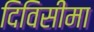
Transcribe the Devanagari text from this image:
दिविसीमा